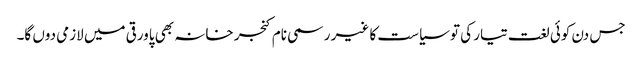
جس دن کوئی لغت تیار کی تو سیاست کا غیر رسمی نام کنجر خانہ بھی پاورقی میں لازمی دوں گا۔